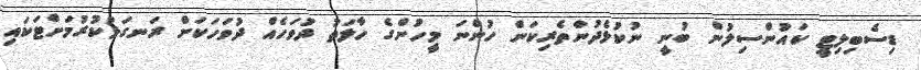
ޑިސެބިލިޓީ ކައުންސިލުން ބުނީ ނުކުޅެދުންތެރިކަން ހުންނަ މީހުންގެ ހާލަތު ދުވަހެއް ދުވަހަކަށް ރަނގަޅުކުރުމަށްޓަކައި